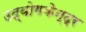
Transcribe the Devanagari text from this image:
उद्योगकेन्द्र